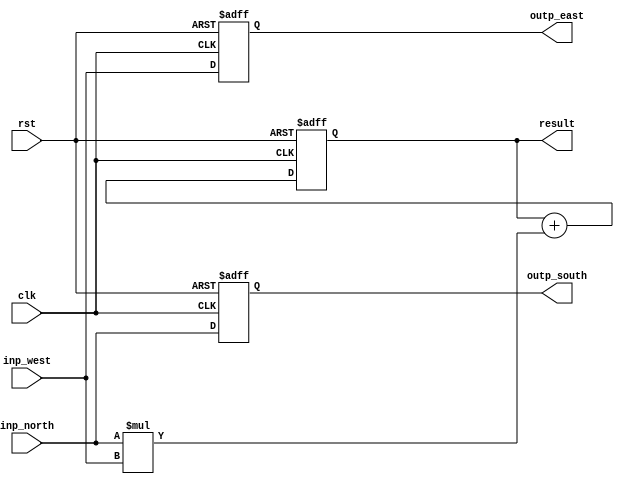
module block(inp_north, inp_west, clk, rst, outp_south, outp_east, result);
	input [31:0] inp_north, inp_west;
	output reg [31:0] outp_south, outp_east;
	input clk, rst;
	output reg [63:0] result;
	wire [63:0] multi;
	always @(posedge rst or posedge clk) begin
		if(rst) begin
			result <= 0;
			outp_east <= 0;
			outp_south <= 0;
		end
		else begin
			result <= result + multi;
			outp_east <= inp_west;
			outp_south <= inp_north;
		end
	end
	assign multi = inp_north*inp_west;
endmodule